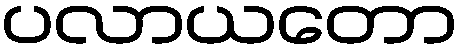
ပလာယတော